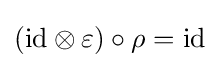
(\mathrm {id} \otimes \varepsilon )\circ \rho =\mathrm {id}